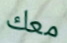
معك